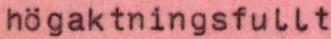
högaktningsfullt